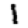
Digit: 1